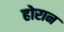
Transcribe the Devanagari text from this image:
होरान